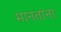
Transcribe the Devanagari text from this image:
मानताना